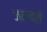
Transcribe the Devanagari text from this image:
जलचरी